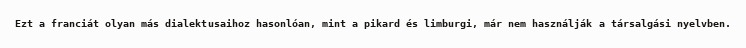
Ezt a franciát olyan más dialektusaihoz hasonlóan, mint a pikard és limburgi, már nem használják a társalgási nyelvben.